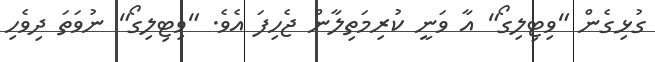
ގުޅިގެން "ވިޓިލިގޯ" އާ ވަނީ ކުރިމަތިލާން ޖެހިފަ އެވެ. "ވިޓިލިގޯ" ނުވަތަ ދިވެހި